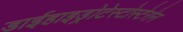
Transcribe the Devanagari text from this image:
डाईहाइड्रोटेस्टोस्टेरोन